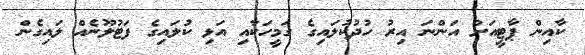
ކާއިން ޕާޓީއަށް އަންނަ އިރު ހުދުކުލައިގެ ގަމީހަކާއި އަޅި ކުލައިގެ ފަޓުލޫނެއް ލައިގެން